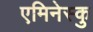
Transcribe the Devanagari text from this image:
एमिनेस्कु